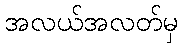
အလယ်အလတ်မှ